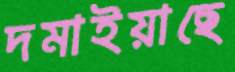
দমাইয়াছে